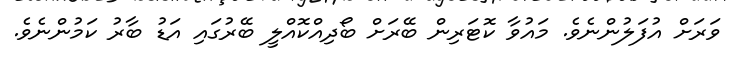
ވަރަށް އުފަލުންނެވެ. މައުވާ ކޮޓަރިން ބޭރަށް ބޯދިއްކޮއްލީ ބޭރުގައި އަޑު ބާރު ކަމުންނެވެ.